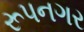
રૂપનગર